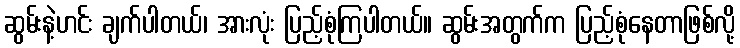
ဆွမ်းနဲ့ဟင်း ချက်ပါတယ်၊ အားလုံး ပြည့်စုံကြပါတယ်။ ဆွမ်းအတွက်က ပြည့်စုံနေတာဖြစ်လို့